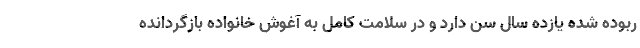
ربوده شده یازده سال سن دارد و در سلامت کامل به آغوش خانواده بازگردانده